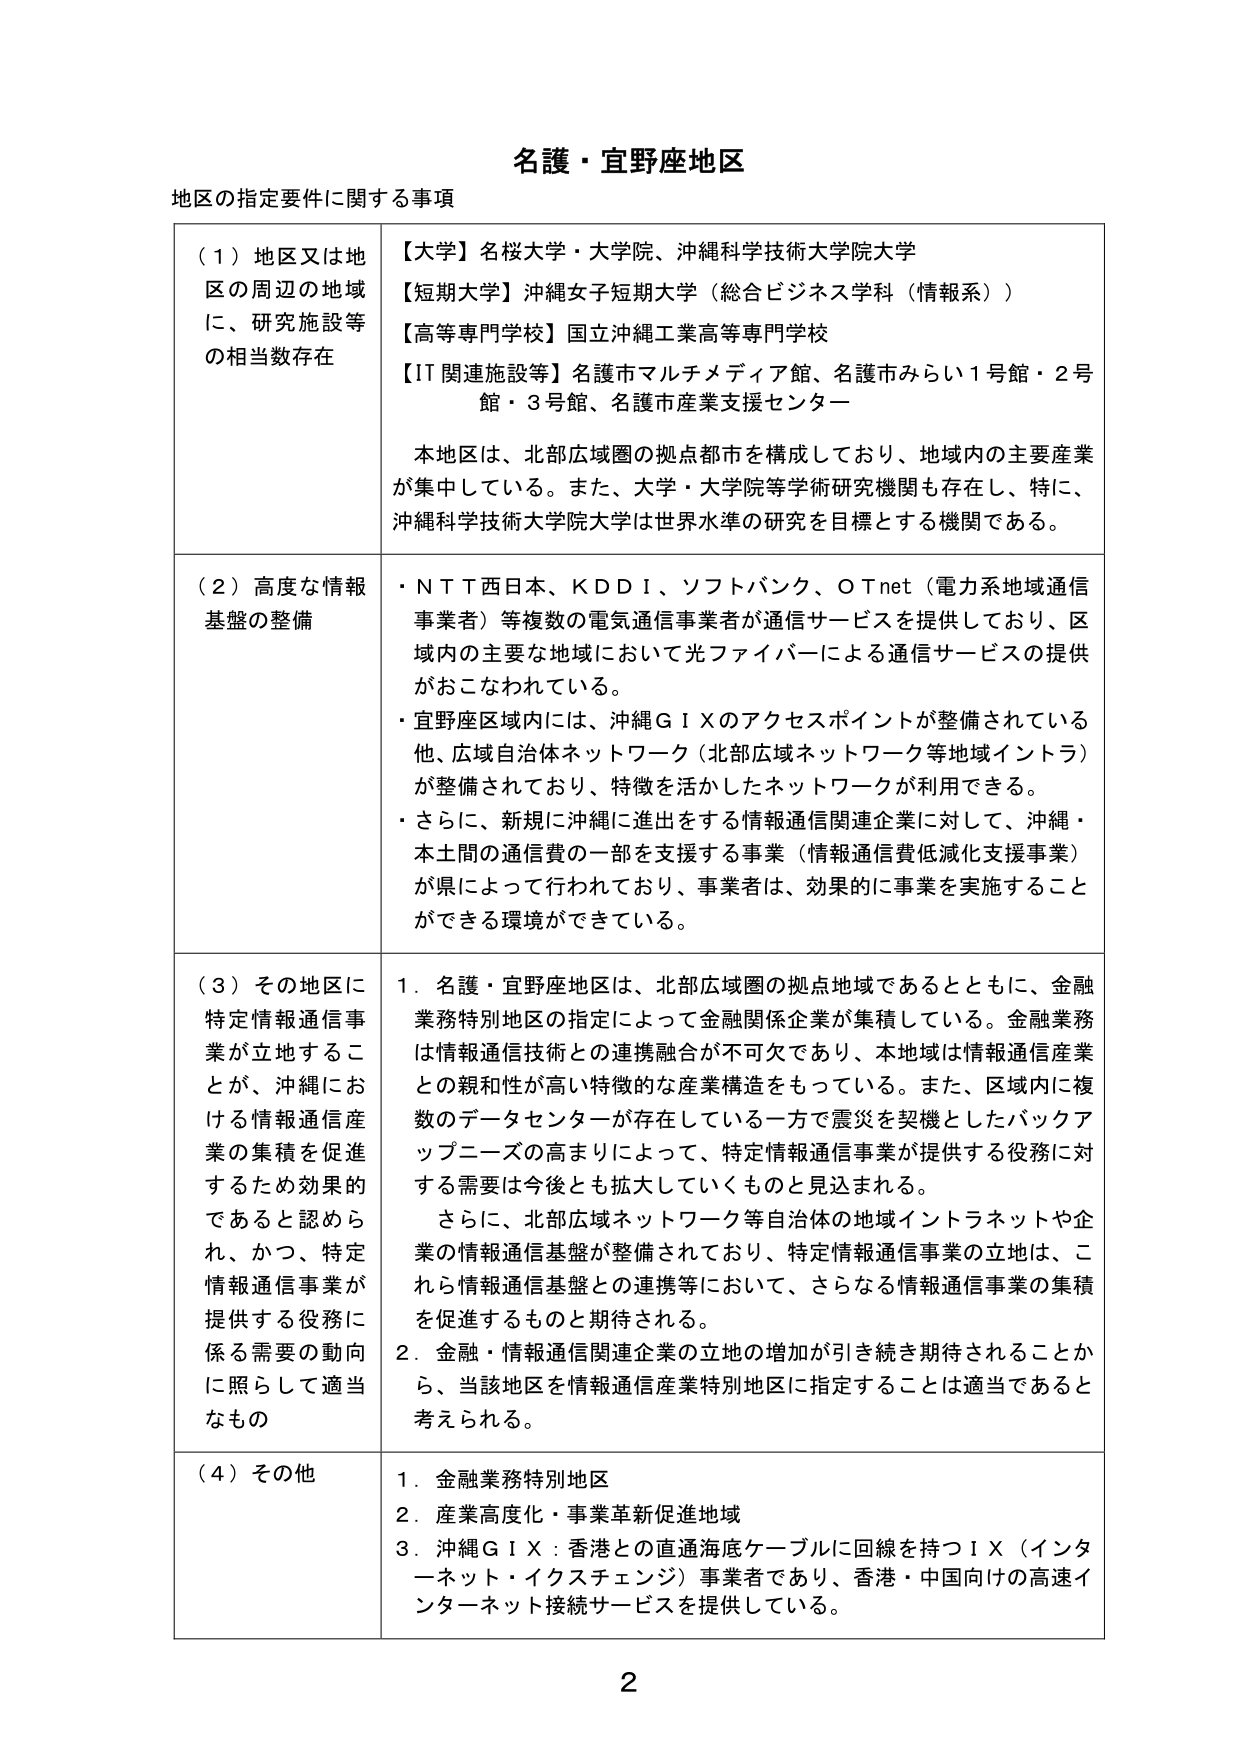
名護・宜野座地区
地区の指定要件に関する事項

（１）地区又は地区の周辺の地域に、研究施設等の相当数存在
【大学】名桜大学・大学院、沖縄科学技術大学院大学
【短期大学】沖縄女子短期大学（総合ビジネス学科（情報系））
【高等専門学校】国立沖縄工業高等専門学校
【IT関連施設等】名護市マルチメディア館、名護市みらい１号館・２号館・３号館、名護市産業支援センター

本地区は、北部広域圏の拠点都市を構成しており、地域内の主要産業が集中している。また、大学・大学院等学術研究機関も存在し、特に、沖縄科学技術大学院大学は世界水準の研究を目標とする機関である。

（２）高度な情報基盤の整備
・ＮＴＴ西日本、ＫＤＤＩ、ソフトバンク、ＯＴｎｅｔ（電力系地域通信事業者）等複数の電気通信事業者が通信サービスを提供しており、区域内の主要な地域において光ファイバーによる通信サービスの提供がおこなわれている。
・宜野座区域内には、沖縄ＧＩＸのアクセスポイントが整備されている他、広域自治体ネットワーク（北部広域ネットワーク等地域インフラ）が整備されており、特徴を活かしたネットワークが利用できる。
・さらに、新規に沖縄に進出をする情報通信関連企業に対して、沖縄・本土間の通信費の一部を支援する事業（情報通信費低減化支援事業）が県によって行われており、事業者は、効果的に事業を実施することができる環境ができている。

（３）その地区に特定情報通信事業が立地することが、沖縄における情報通信産業の集積を促進するため効果的であると認められ、かつ、特定情報通信事業が提供する役務に係る需要の動向に照らして適当なもの
１．名護・宜野座地区は、北部広域圏の拠点地域であるとともに、金融業務特別地区の指定によって金融関係企業が集積している。金融業務は情報通信技術との連携融合が不可欠であり、本地域は情報通信産業との親和性が高い特徴的な産業構造をもっている。また、区域内に複数のデータセンターが存在している一方で震災を契機としたバックアップニーズの高まりによって、特定情報通信事業が提供する役務に対する需要は今後とも拡大していくものと見込まれる。
　さらに、北部広域ネットワーク等自治体の地域インフラネットや企業の情報通信基盤が整備されており、特定情報通信事業の立地は、これら情報通信基盤との連携等において、さらなる情報通信事業の集積を促進するものと期待される。
２．金融・情報通信関連企業の立地の増加が引き続き期待されることから、当該地区を情報通信産業特別地区に指定することは適当であると考えられる。

（４）その他
１．金融業務特別地区
２．産業高度化・事業革新促進地域
３．沖縄ＧＩＸ：香港との直通海底ケーブルに回線を持つＩＸ（インターネット・イクスチェンジ）事業者であり、香港・中国向けの高速インターネット接続サービスを提供している。

2